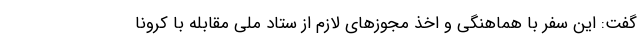
گفت: این سفر با هماهنگی و اخذ مجوزهای لازم از ستاد ملی مقابله با کرونا